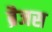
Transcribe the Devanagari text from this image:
ब्रैजस